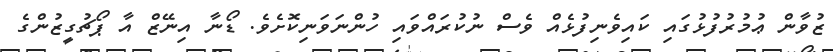
ޒުވާން ޢުމުރުފުޅުގައި ކައިވެނިފުޅެއް ވެސް ނުކުރައްވައި ހުންނަވަނިކޮށެވެ. ޑޯނާ އިނޭޒް އާ ޕޯޗުގީޒުންގެ